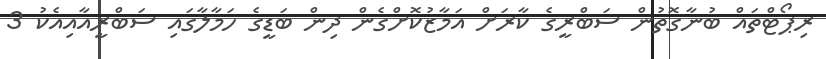
ރިޕޯޓްތައް ބުނާގޮތުން ސަބްރީގެ ކާރަށް އަމާޒުކޮށްގެން ދިން ބަޑީގެ ހަމާލާގައި ސަބްރީއާއިއެކު 3